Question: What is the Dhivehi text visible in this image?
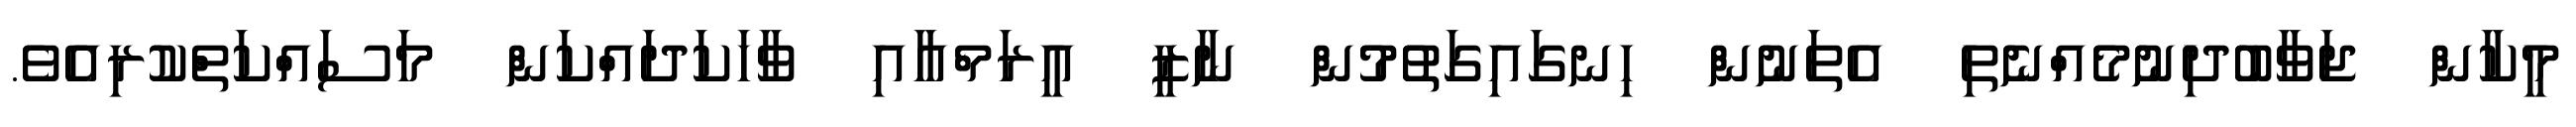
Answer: މީކާން ޖަވާބުދިނުމެއްނެތި އެތަނުން ހިނގައިގަތުމުން ނާޒީ އީރަމްއާއި ވާހަކަދައްކަން މަސައްކަތްކުރިއެވެ.